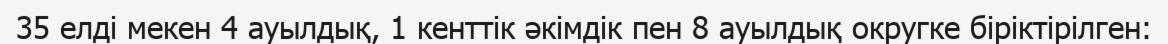
35 елді мекен 4 ауылдық, 1 кенттік әкімдік пен 8 ауылдық округке біріктірілген: